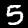
Label: 5